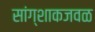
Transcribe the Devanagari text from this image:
सांग्शाकजवळ